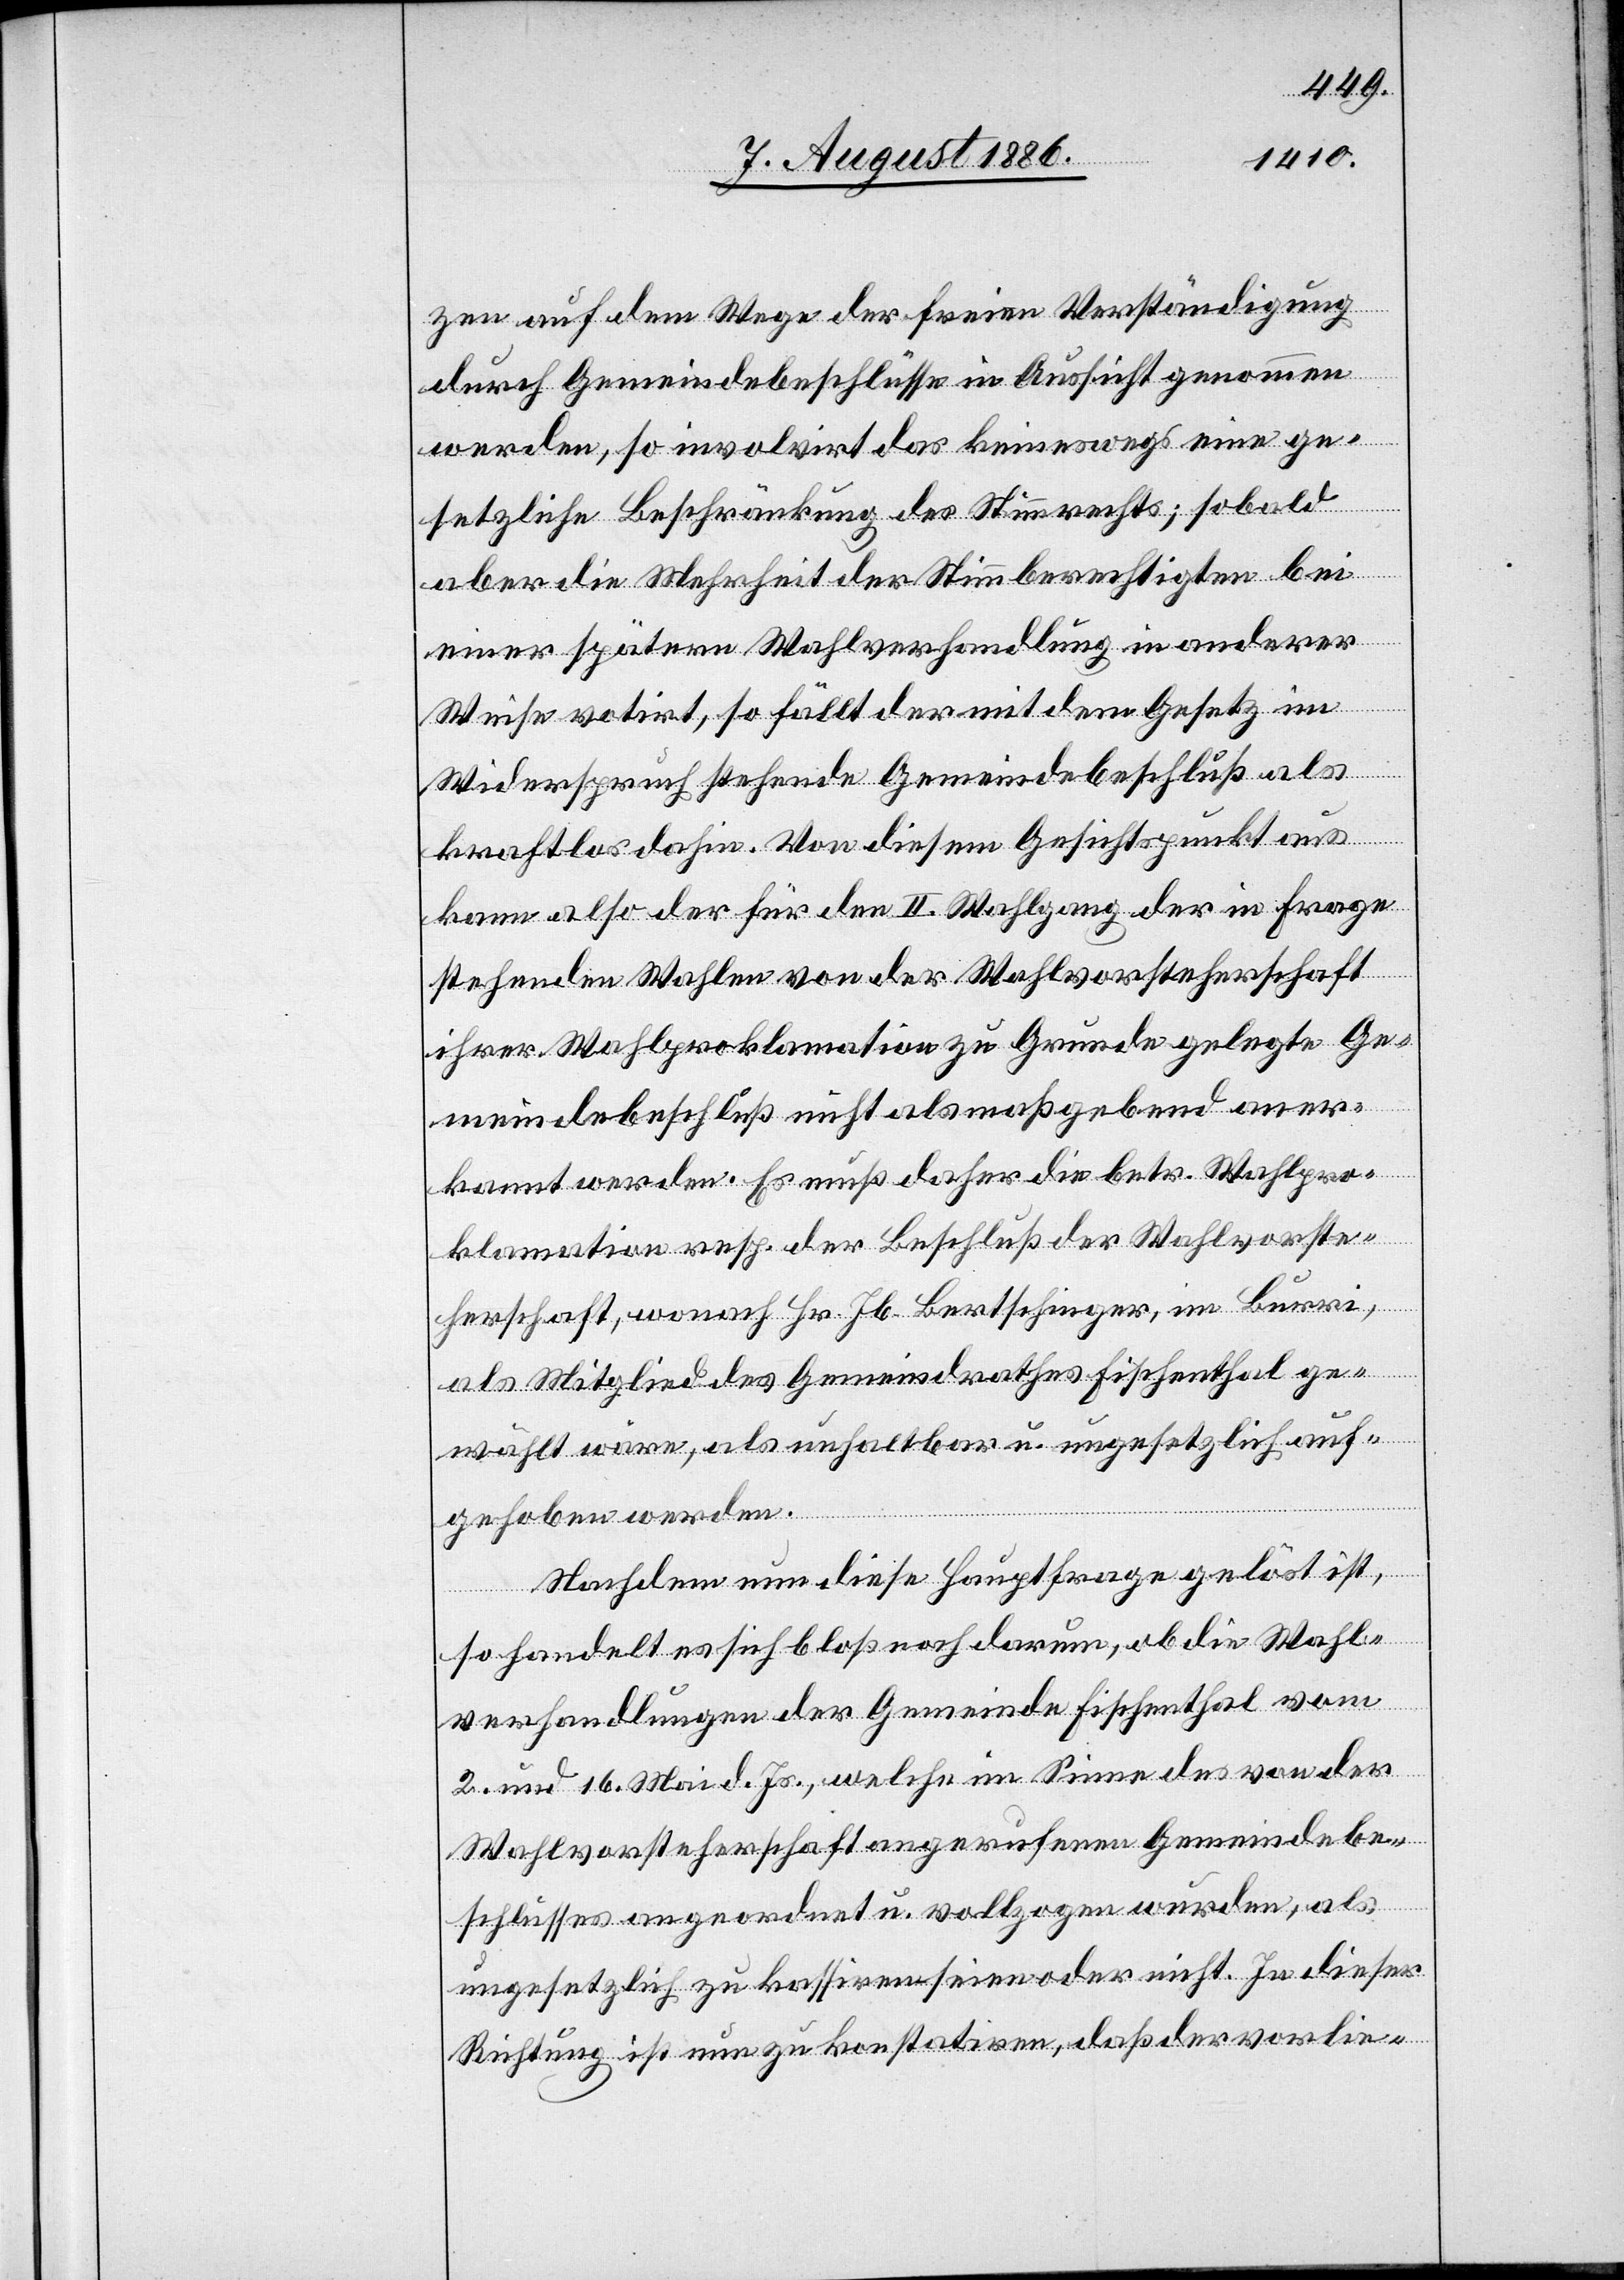
zen auf dem Wege der freien Verständigung
durch Gemeindebeschlüsse in Aussicht genommen
werden, so involvirt das keineswegs eine ge¬
setzliche Beschränkung des Stimmrechts; sobald
aber die Mehrheit der Stimmberechtigten bei
einer spätern Wahlverhandlung in anderer
Weise votirt, so fällt der mit dem Gesetz im
Widerspruch stehende Gemeindebeschluß als
kraftlos dahin. Von diesem Gesichtspunkt aus
kann also der für den II. Wahlgang der in Frage
stehenden Wahlen von der Wahlvorsteherschaft
ihrer Wahlproklamation zu Grunde gelegte Ge¬
meindebeschluß nicht als maßgebend aner¬
kannt werden. Es muß daher die betr. Wahlpro¬
klamation resp. der Beschluß der Wahlvorste¬
herschaft, wonach Hr. Jb. Bertschinger, im Burri,
als Mitglied des Gemeindrathes Fischenthal ge¬
wählt wäre, als unhaltbar u. ungesetzlich auf¬
gehoben werden.
Nachdem nun diese Hauptfrage gelöst ist,
so handelt es sich bloß noch darum, ob die Wahl¬
verhandlungen der Gemeinde Fischenthal vom
2. und 16. Mai d. Js., welche im Sinne des von der
Wahlvorsteherschaft angerufenen Gemeindebe¬
schlusses angeordnet u. vollzogen wurden, als
ungesetzlich zu kassiren seien oder nicht. In dieser
Richtung ist nun zu konstatiren, daß der vorlie-